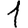
Digit: 1